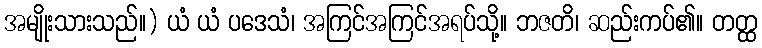
အမျိုးသားသည်။) ယံ ယံ ပဒေသံ၊ အကြင်အကြင်အရပ်သို့။ ဘဇတိ၊ ဆည်းကပ်၏။ တတ္ထ